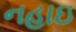
નહાઇ